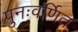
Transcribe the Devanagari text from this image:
पुनःवर्णित